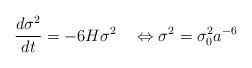
LaTeX: \begin{align*}\frac{d \sigma^{2}}{dt} = -6 H \sigma^{2} \quad \Leftrightarrow\sigma^{2} = \sigma_{0}^{2} a^{-6}\end{align*}